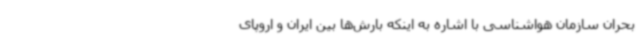
بحران سازمان هواشناسی با اشاره به اینکه بارش‌ها بین ایران و اروپای